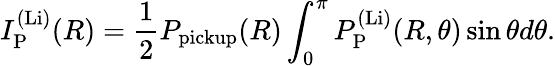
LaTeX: I_{\mathrm{P}}^{\mathrm{(Li)}}(R)=\frac{1}{2}P_{\mathrm{pickup}}(R)\int_{0}^{\pi}P_{\mathrm{P}}^{\mathrm{(Li)}}(R,\theta)\sin\theta d\theta.